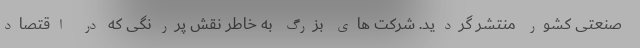
صنعتی کشور منتشر گردید. شرکت های بزرگ به خاطر نقش پررنگی که در اقتصاد